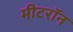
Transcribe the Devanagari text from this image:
मीटरॉन